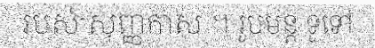
របស់ សុញ្ញកាស ។ រូបមន្ត ទូទៅ